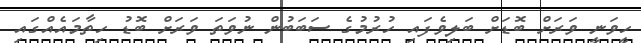
ހީވަނީ ވަރަށް ބޮޑަށް ބަލިވެފައި ހުރުމުގެ ސަބަބުން ނުވަތަ ވަރަށް ބޮޑު ހިތާމައެއްގައި